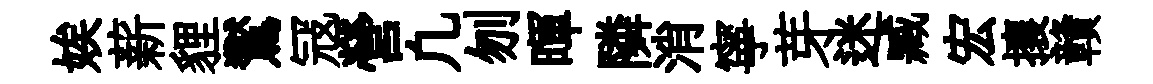
娭薪貍鸑冦營凢刎暉隣消寧芽迷臧宏攘贛